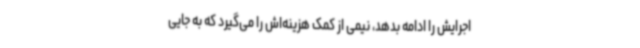
اجرایش را ادامه بدهد، نیمی از کمک هزینه‌اش را می‌گیرد که به جایی